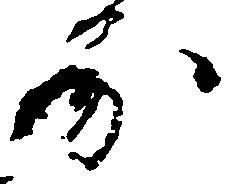
房